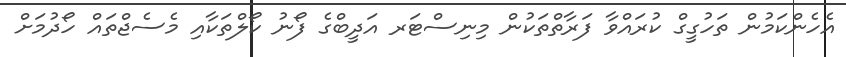
އެހެންކަމުން ތަހުގީގް ކުރައްވާ ފަރާތްތަކުން މިނިސްޓަރ އަދީބްގެ ފޯނު ކޯލްތަކާއި މެސެޖްތައް ހޯދުމަށް